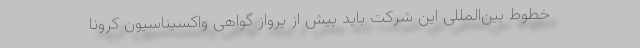
خطوط بین‌المللی این شرکت باید پیش از پرواز گواهی واکسیناسیون کرونا